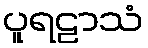
ပူရဠာသံ